Annual statistical returns and brief notes on vaccination in Bengal - 1896-1909
Year: 1896
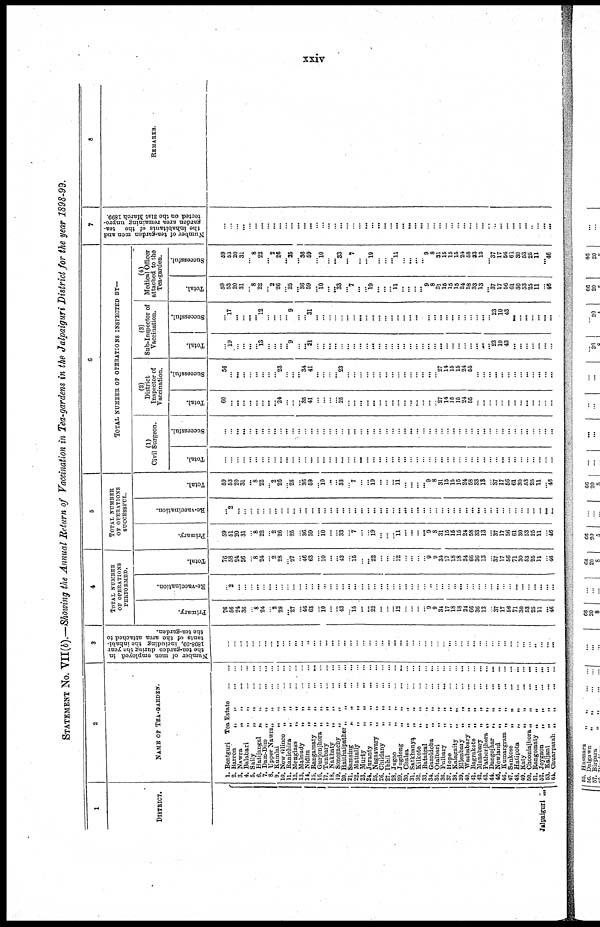
xxiv
STATEMENT NO. VII(b).—Showing the Annual Return of Vaccination in Tea-gardens in the Jalpaiguri District for the year 1898-99.
1
DISTRICT.
Jalpaiguri ...
2
NAME OF TEA-GARDEN.
1. Bentguri Tea Estate
...
...
2. Barron „
„
...
...
3. Nawra
„
„
...
...
4. Balabari
„
„
...
...
5. Saily
„
„
...
...
6. Hatijangal „
„
...
...
7. Dam-Dim
„
„
...
...
8. Upper Nawra „
„
...
...
9. Kumlai
„
„
...
...
10. New Glinco „
„
...
...
11. Ranichira
„
„
...
...
12. Menglass
„
„
...
...
13. Malnudy
„
„
...
...
14. Nidim
„
„
...
...
15. Rangamaty „
„
...
...
16. Gurjonjhora „
„
...
...
17. Tunbary
„
„
...
...
18. Nakhaty
„
„
...
...
19. Sonegachy „
„
...
...
20. Haithaipather „
„
...
...
21. Samsing
„
„
...
...
22. Matially
„
„
...
...
23. Murty
„
„
...
...
24. Juranty
„
„
...
...
25. Nagaswary „
„
...
...
26. Childany
„
„
...
...
27. Ibhil „ „ ... ...
28. Jugoo
„
„
...
...
29. Jugdong
„
„
...
...
30. Chalsa „
„
...
...
31. Satkhanya
„
„
...
...
32. Kilkote
„
„
...
...
33. Bataigal
„
„
...
...
34. Gazoldoba
„
„
...
...
35. Otalbari
„
„
...
...
36. Fulbary
„ „
...
...
37. Hope
„ „
...
...
38. Kalagaity
„
„
...
...
39. Ellenbary
„
„
...
...
40. Washabary „
„
...
...
41. Bagrakote
„
„
...
...
42. Manabary
„
„
...
...
43. Pathorjhora „
„
...
...
44. Dangojhar
„
„
...
...
45. Newland
„
„
...
...
46. Kumargram „
„
...
...
47. Sunkose
„
„
...
...
48. Hatipota
„
„
...
...
49. Katy
„
„
...
...
50. Chooniajhora „
„
...
...
51. Rangomaty „
„ ... ...
52. Joygaon
„
„
...
...
53. Kaljani
„
„
...
...
54. Chuarparah „
„
...
...
3
Number of men employed in
the tea-garden during the year
1898-99, including the inhabi-
tants of the area attached to
the tea-garden.
...
...
...
...
...
...
...
...
...
...
...
...
...
...
...
...
...
...
...
...
...
...
...
...
... ...
...
...
...
...
...
...
...
...
...
... ...
...
...
...
...
...
...
...
...
...
...
...
...
...
...
...
...
...
4
TOTAL NUMBER
OF OPERATIONS
PERFORMED.
Primary.
76
56
24
36
...
8
24
...
2
28
... 27
...
46
63
...
10
...
...
43
...
15
...
... 22
...
... ...
12
...
...
...
... 9
9
34
17
18
18
24
66
36
13
...
37
17
56
71
30
53
25
11
...
46
Re-vaccination.
...
2
...
...
...
...
...
...
...
...
...
...
...
...
...
...
...
...
...
...
...
...
...
...
...
...
...
...
...
...
...
...
...
...
...
...
...
...
...
...
...
...
...
...
...
...
...
...
...
...
...
...
...
...
Total.
76
58
24
36
...
8
24
...
2
28
... 27
...
46
63
...
10
...
...
43
...
15
...
... 22
...
...
...
12
...
...
...
...
9
9
34
17
18
18
24
66
36
13
...
37
17
56
71
30
53
25
11
...
46
5
TOTAL NUMBER
OF OPERATIONS
SUCCESSFUL.
Primary.
59
51
20
31
...
8
22
... 2
26
...
25
...
36
59
... 10
...
...
33
... 7
...
...
19
...
...
...
11
...
...
...
... 9
8
31
15
15
15
24
58
33
13
...
37
17
56
61
30
53
25
11
...
46
Re-vaccination.
...
2
...
...
...
...
...
...
... ...
...
...
...
...
...
...
...
...
...
...
...
...
...
...
...
...
...
...
... ...
...
...
...
...
...
...
...
...
...
...
...
...
...
...
...
...
...
...
...
...
...
...
...
...
Total.
59
53
20
31
...
8
22
... 2
26
...
26
... 36
59
... 10
...
...
33
...
7
...
... 19
...
... ...
11
...
...
...
... 9
8
31
15
15
15
24
58
33
13
...
37
17
56
61
30
53
25
11
...
46
6
TOTAL NUMBER OF OPERATIONS INSPECTED BY—
(1)
Civil Surgeon.
Total.
...
...
...
...
... ...
...
...
...
...
...
...
...
...
...
...
...
...
...
...
...
...
...
...
...
...
...
...
... ...
...
...
...
...
...
...
...
...
...
...
...
...
...
...
...
...
...
...
...
...
...
...
... ...
Successful.
...
...
...
...
...
...
...
...
... ...
...
...
...
...
...
...
...
...
...
...
...
...
...
...
...
...
... ...
...
...
...
...
...
...
...
...
...
...
...
...
...
...
...
...
...
...
...
...
...
...
...
...
...
...
District
Inspector of
Vaccination.
Total.
60
...
...
...
...
...
...
...
...
24
...
...
... 36
41
...
...
...
...
25
...
...
...
...
...
...
... ...
...
...
...
...
...
...
...
27
14
15
15
24
55
...
...
...
...
...
...
...
...
...
...
...
... ...
Successful.
56
...
...
...
...
...
...
...
...
23
...
...
... 34
41
...
...
...
... 23
...
...
...
...
...
...
...
...
...
...
...
...
...
...
...
27
14
15
15
24
55
...
...
...
...
...
...
...
...
...
...
...
...
...
(3)
Sub-Inspector of
Vaccination.
Total.
...
19
...
...
...
...
13
...
...
...
...
9
...
...
31
...
...
...
...
...
...
...
...
...
...
...
...
...
... ...
...
...
...
...
...
...
...
...
...
...
...
... ...
... 23
10
43
...
...
...
...
...
...
...
Successful.
...
17
...
...
...
...
12
...
... ...
...
9
...
... 31
...
...
...
...
...
...
...
...
...
...
...
... ...
...
...
...
...
...
...
...
...
...
...
...
...
...
...
...
...
23
10
43
...
...
...
...
...
... ...
(4)
Medical Officer
attached to the
Tea-garden.
Total.
59
53
20
31
...
8
22
... 2
26
...
25
... 36
59
... 10
...
...
33
... 7
... ...
19
... ...
... 11
...
...
...
... 9
8
31
15
15
15
24
58
33
13
... 37
17
56
61
30
53
25
11
...
46
Successful.
59
53
20
31
...
8
22
... 2
26
... 25
...
36
59
... 10
...
...
33
... 7
...
... 19
...
...
... 11
...
...
...
... 9
8
31
15
15
15
24
58
33
13
... 37
17
56
61
30
53
25
11
...
46
7
Number of tea-garden men and
the inhabitants of the tea-
garden area remaining unpro-
tected on the 31st March 1899.
...
...
...
...
...
...
...
...
...
...
...
...
...
...
...
...
...
...
...
...
...
...
...
...
...
...
...
...
...
...
...
...
...
...
...
...
...
...
...
...
...
...
...
...
...
...
...
...
...
...
...
...
...
...
8
REMARKS.